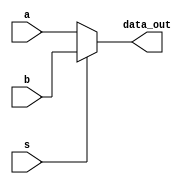
module mux2x1
(
    input [63:0] a,b,
    input s ,
    output [63:0] data_out
);

assign data_out = s ? b : a;

endmodule